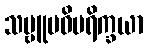
သဗ္ဗူပဓိပရိက္ခယာ